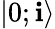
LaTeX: |0;\mathbf{i}\rangle